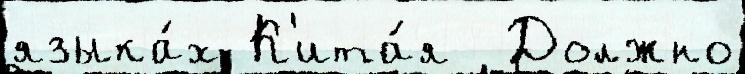
языка́х К'ита́я  Должно